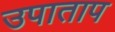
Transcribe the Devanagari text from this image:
उपाताप